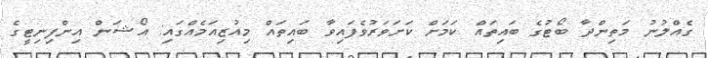
ގެއްލުނު މަތިންދާ ބޯޓުގެ ބައިތައް ކަމަށް ކަށަވަރުވެފައިވާ ބައިތައް މިއުޒިއަމެއްގައި: އޯޝަން އިންފިނިޓީގެ